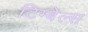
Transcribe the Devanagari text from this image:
टिम्बेल्स